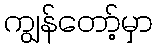
ကျွန်တော့်မှာ